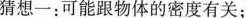
猜想一：可能跟物体的密度有关；